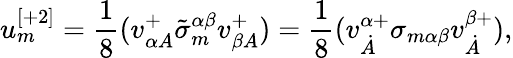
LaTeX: u_{m}^{[+2]}=\frac 18(v_{\alpha A}^{+}\tilde{\sigma}_{m}^{\alpha\beta}v_{\beta A}^{+})=\frac 18(v_{\dot{A}}^{\alpha+}\sigma_{m\alpha\beta}v_{\dot{A}}^{\beta+}),